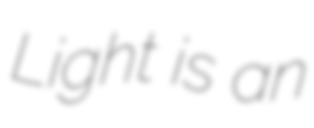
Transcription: Light is an